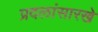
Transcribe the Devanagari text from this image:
प्रदलांसारखे